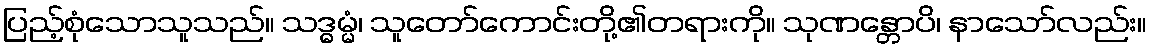
ပြည့်စုံသောသူသည်။ သဒ္ဓမ္မံ၊ သူတော်ကောင်းတို့၏တရားကို။ သုဏန္တောပိ၊ နာသော်လည်း။